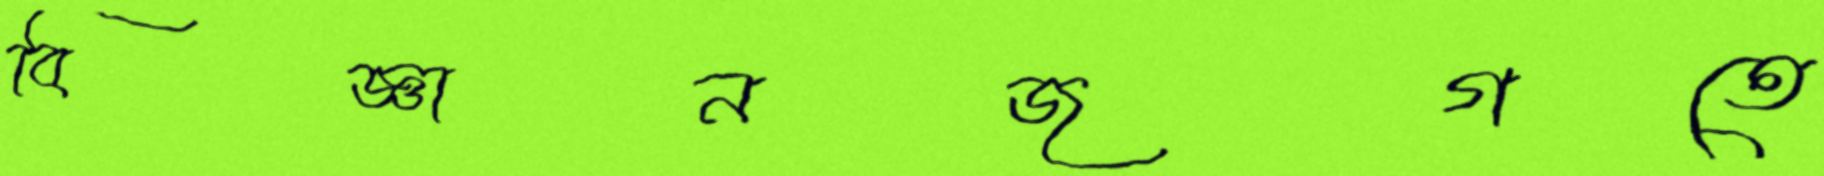
বিজ্ঞানজগতে